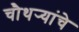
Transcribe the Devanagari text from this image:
चौथर्‍यांचे